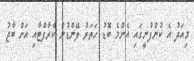
މިއަދު އެ ކުންފުނީގައި އެންމެ ބޮޑު ހަތަރު ލޭންޑުން ކްރާފްޓާއި އަށް ބާޖު